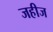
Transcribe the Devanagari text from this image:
जहीज